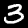
Digit: 3